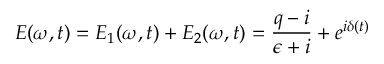
\centering E ( \omega , t ) = E _ { 1 } ( \omega , t ) + E _ { 2 } ( \omega , t ) = \frac { q - i } { \epsilon + i } + e ^ { i \delta ( t ) }